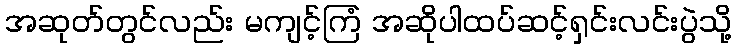
အဆုတ်တွင်လည်း မကျင့်ကြံ အဆိုပါထပ်ဆင့်ရှင်းလင်းပွဲသို့